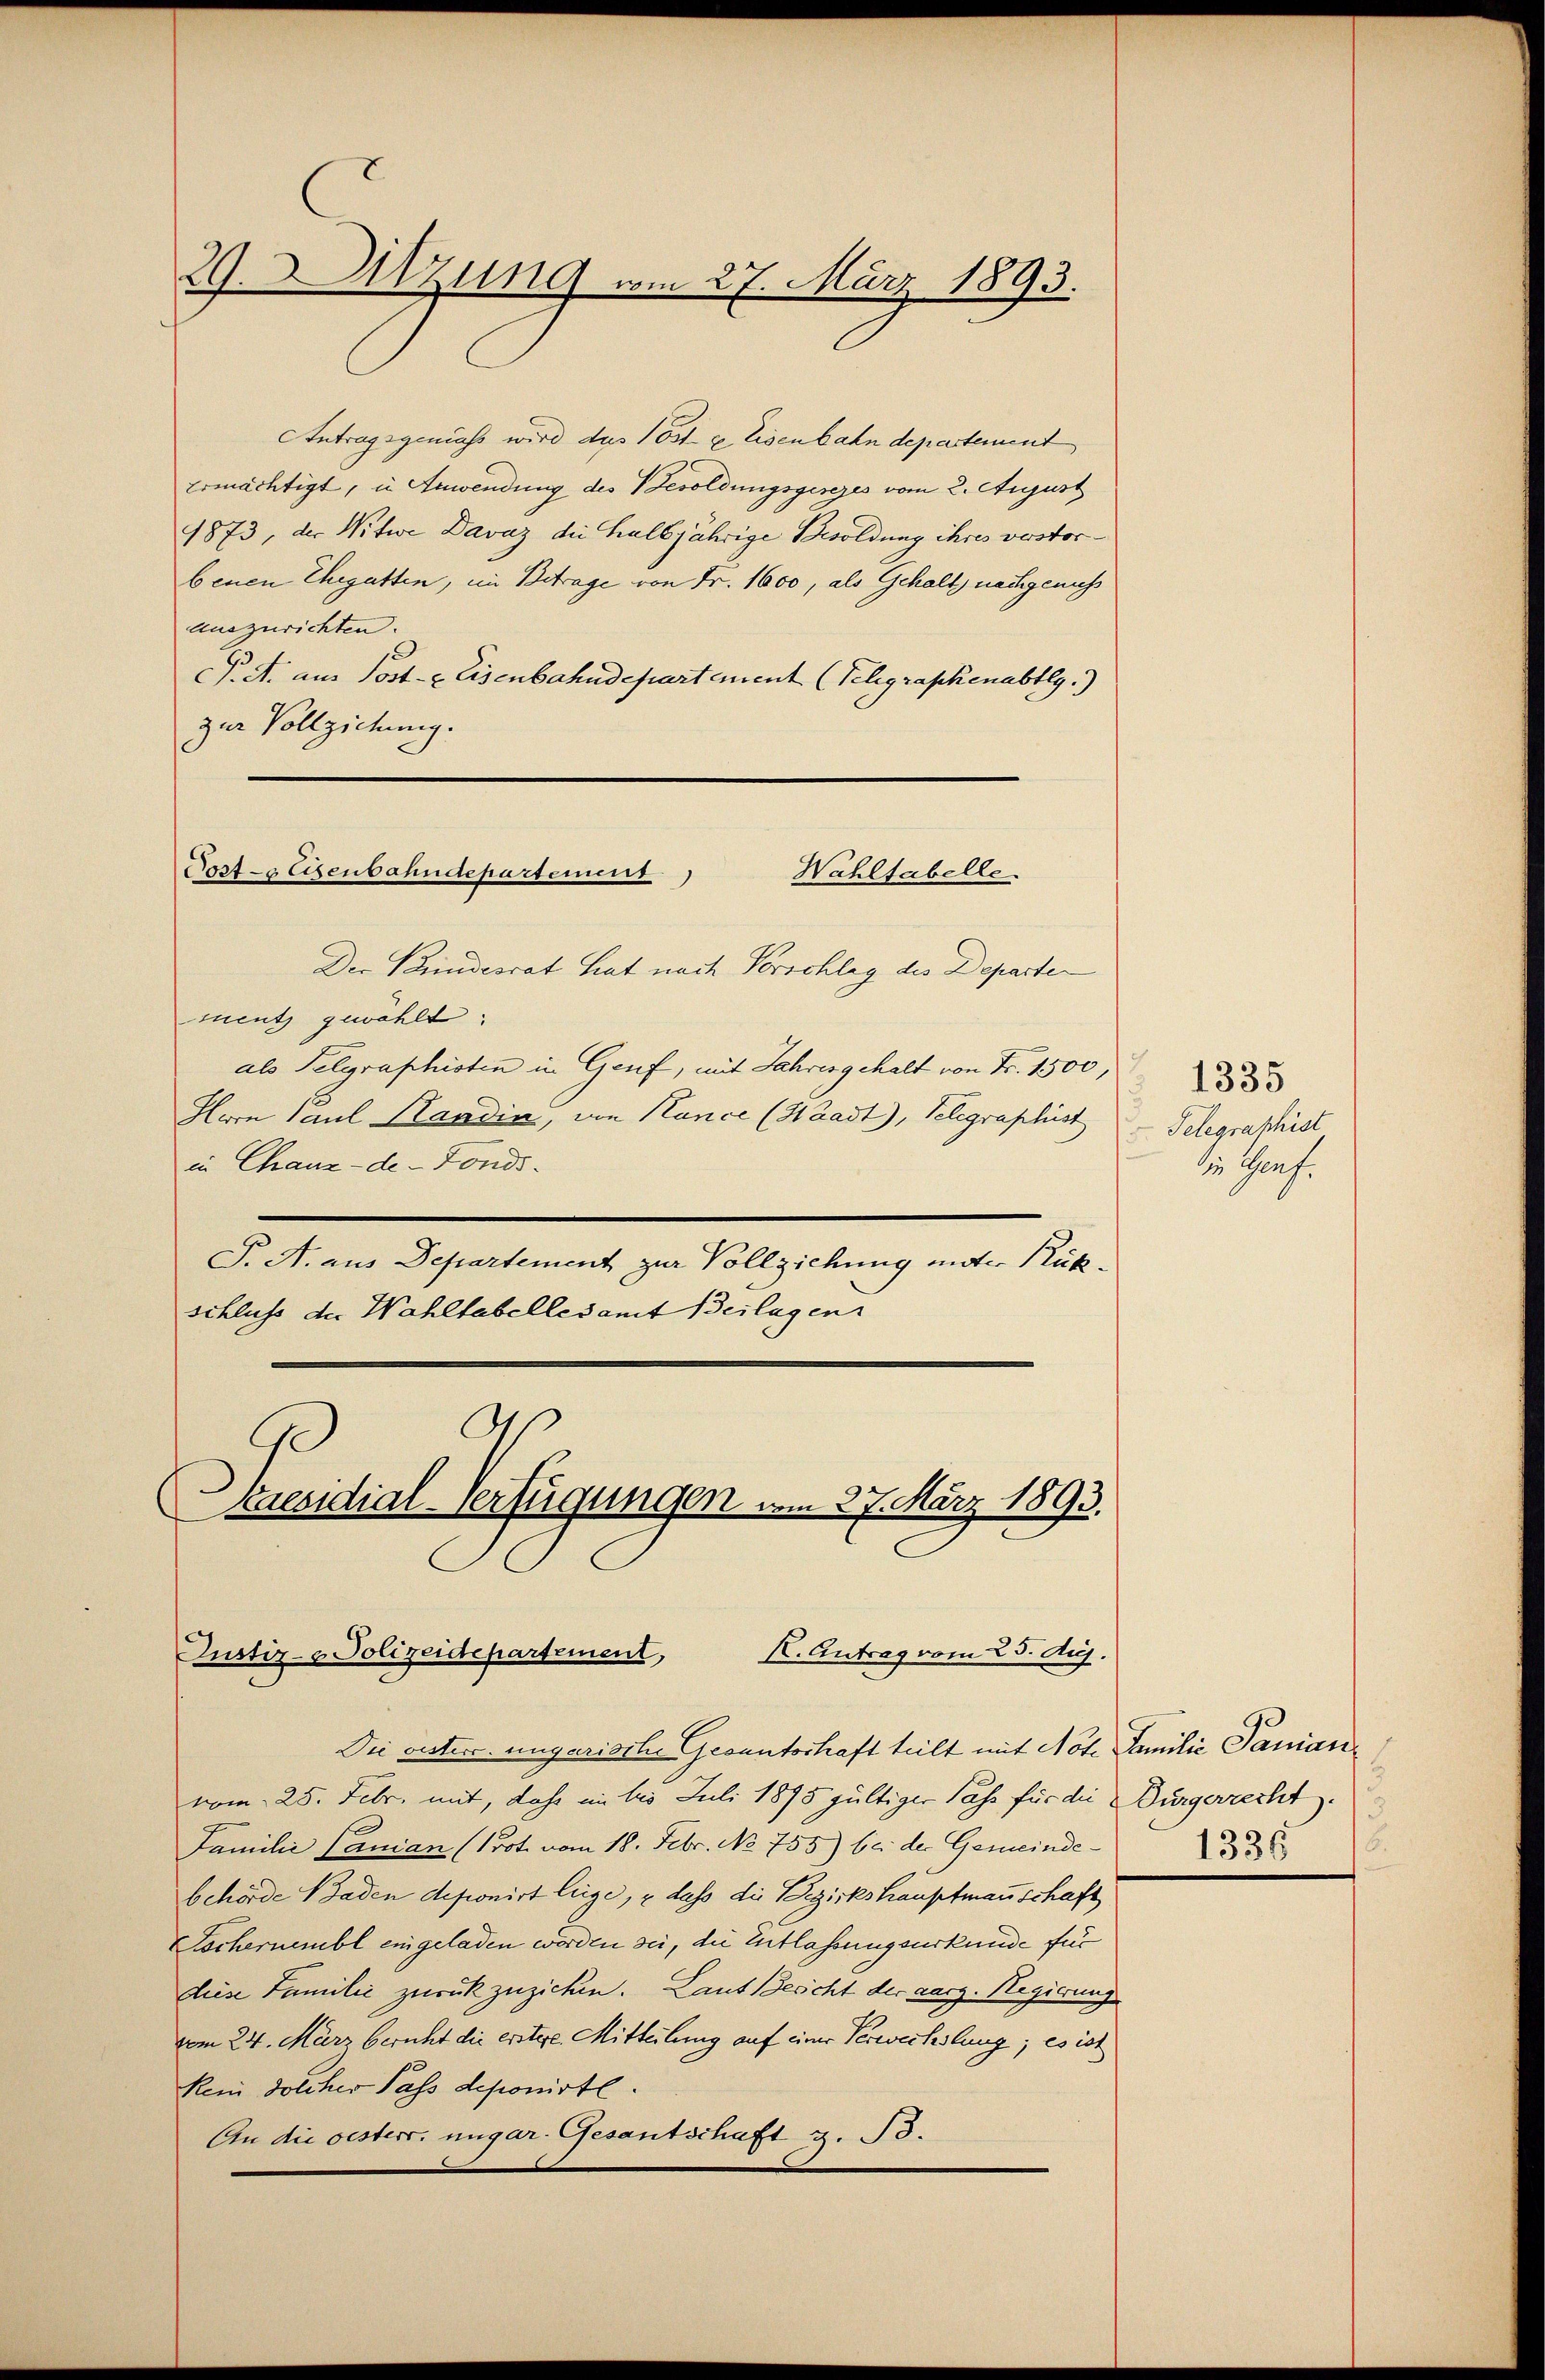
29. Sitzung vom 27. März 1893.

Antragsgemäß wird das Post- & Eisenbahn departement
Ermächtigt, in Anwendung des Besoldungsgesezes vom 2. August
1873, der Nitwe Davaz die halbjährige Besoldung ihres verstorbenen Ehegatten, im Betrage von Fr. 1600, als Gehalt nachgenuss
Auszurichten.
C. A. aus Post- & Eisenbahndepartement (Teligraphenabtlg.)
zur Vollziehung.

Post- & Eisenbahndepartement
Wahltabelle.

Der Bundesrat hat nach Vorschlag des Departen
mnentz gewählt:
als Pelgraphisten in Genf, mit Jahres gehalt von Fr. 1500,
Herrn Paul Kandia, von Hance (Waadt, Telegraphist
in Chaux-de-Fonds.
P. A. aus Departement zur Vollziehung unter Rückschluss der Wahltabellesamt Beilagen
A

Praesidial-Verfügungen vom 27. März 1893.
X. Antrag vom 25. Auj.
Justiz- & Polizeidepartement,

Die vester. ungarische Gesunterhaft teilt mit Note Familie Panianivom 25. Febr. mit, dass im bis Juli 1895 gültiger Pass für die Bürgerrecht.
Familie Panian (Prot vom 18. Febr. No. 755) bei der Gemeinde- 325
behörde Baden deponirt liege, u dass die Bezirkshauptmannschaft
Tschernembl eingeladen worden sei, die Entlassungsurkunde für
diese Familie zurückzuziehen. Laut Bericht der aarg. Regierung
vom 24. März bericht die erstere Mitteilung auf einer Verwechslung; es ist
Renn solcher Pass deponirte.
An die oesters ungar. Gesantschaft z. B.

1335
Telegraphist
z Graf.